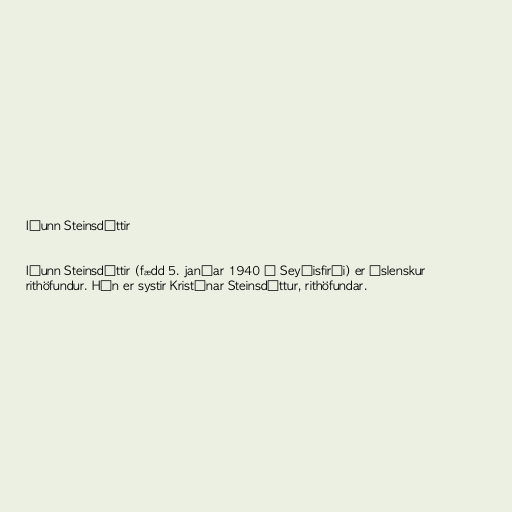
Iðunn Steinsdóttir

Iðunn Steinsdóttir (fædd 5. janúar 1940 á Seyðisfirði) er íslenskur
rithöfundur. Hún er systir Kristínar Steinsdóttur, rithöfundar.